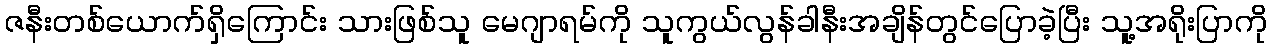
ဇနီးတစ်ယောက်ရှိကြောင်း သားဖြစ်သူ မေဂျာရမ်ကို သူကွယ်လွန်ခါနီးအချိန်တွင်ပြောခဲ့ပြီး သူ့အရိုးပြာကို